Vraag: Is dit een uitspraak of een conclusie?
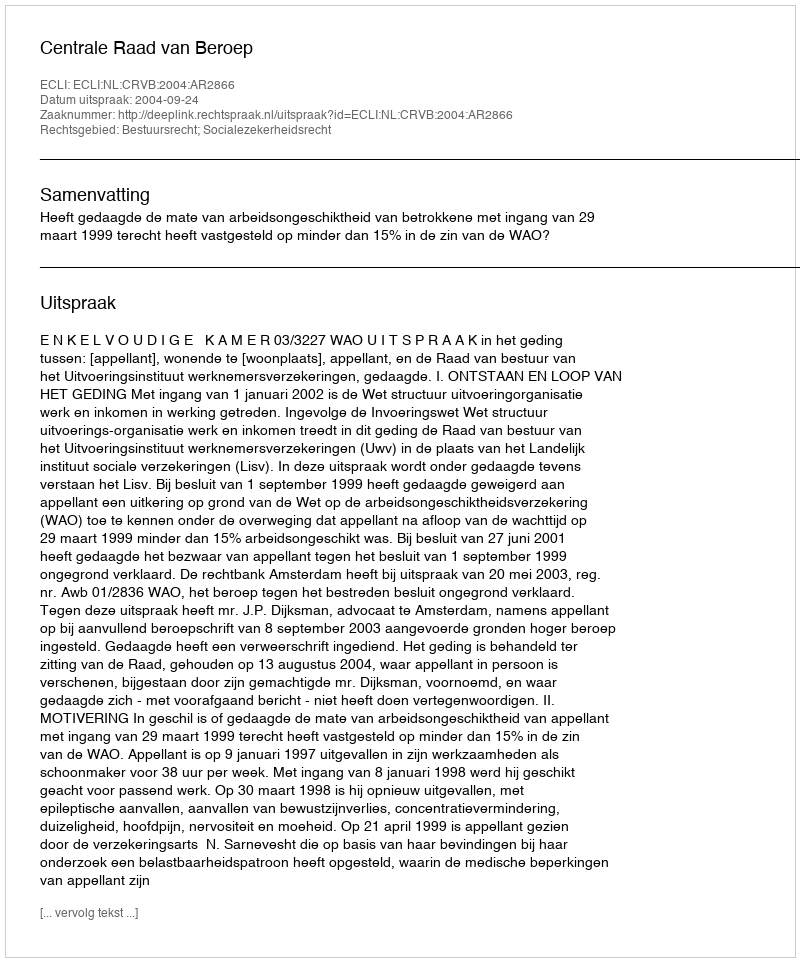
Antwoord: Uitspraak